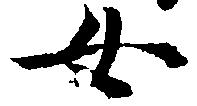
女